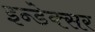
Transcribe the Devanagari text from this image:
इन्डेक्सर